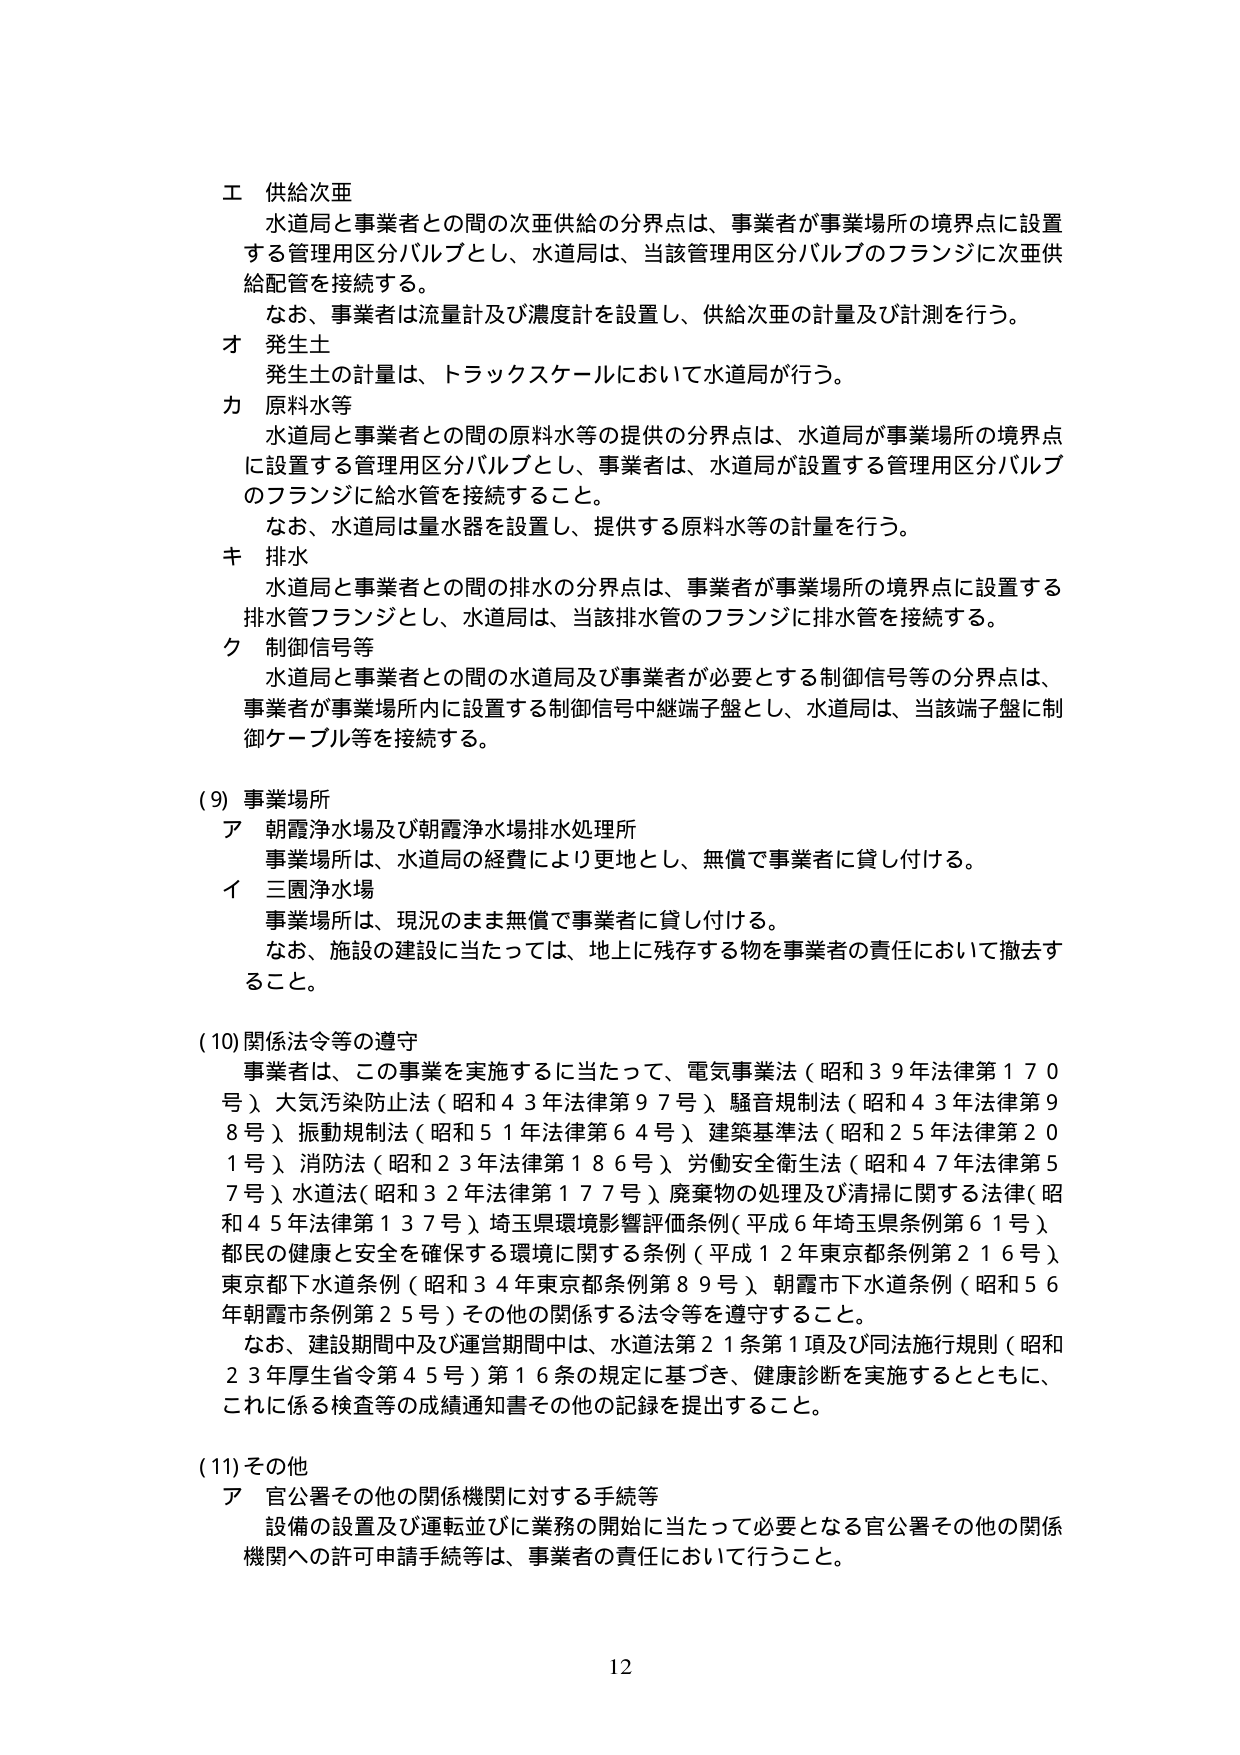
エ 供給次亜
水道局と事業者との間の次亜供給の分界点は、事業者が事業場所の境界点に設置する管理用区分バルブとし、水道局は、当該管理用区分バルブのフランジに次亜供給配管を接続する。
なお、事業者は流量計及び濃度計を設置し、供給次亜の計量及び計測を行う。

オ 発生土
発生土の計量は、トラックスケールにおいて水道局が行う。

カ 原料水等
水道局と事業者との間の原料水等の提供の分界点は、水道局が事業場所の境界点に設置する管理用区分バルブとし、事業者は、水道局が設置する管理用区分バルブのフランジに給水管を接続すること。
なお、水道局は量水器を設置し、提供する原料水等の計量を行う。

キ 排水
水道局と事業者との間の排水の分界点は、事業者が事業場所の境界点に設置する排水管フランジとし、水道局は、当該排水管のフランジに排水管を接続する。

ク 制御信号等
水道局と事業者との間の水道局及び事業者が必要とする制御信号等の分界点は、事業者が事業場所内に設置する制御信号中継端子盤とし、水道局は、当該端子盤に制御ケーブル等を接続する。

(9) 事業場所
ア 朝霞浄水場及び朝霞浄水場排水処理所
事業場所は、水道局の経費により更地とし、無償で事業者に貸し付ける。
イ 三園浄水場
事業場所は、現況のまま無償で事業者に貸し付ける。
なお、施設の建設に当たっては、地上に残存する物を事業者の責任において撤去すること。

(10) 関係法令等の遵守
事業者は、この事業を実施するに当たって、電気事業法（昭和39年法律第170号）、大気汚染防止法（昭和43年法律第97号）、騒音規制法（昭和43年法律第98号）、振動規制法（昭和51年法律第64号）、建築基準法（昭和25年法律第201号）、消防法（昭和23年法律第186号）、労働安全衛生法（昭和47年法律第57号）、水道法（昭和32年法律第177号）、廃棄物の処理及び清掃に関する法律（昭和45年法律第137号）、埼玉県環境影響評価条例（平成6年埼玉県条例第61号）、都民の健康と安全を確保する環境に関する条例（平成12年東京都条例第216号）、東京都下水道条例（昭和34年東京都条例第89号）、朝霞市下水道条例（昭和56年朝霞市条例第25号）その他の関係する法令等を遵守すること。
なお、建設期間中及び運営期間中は、水道法第21条第1項及び同法施行規則（昭和23年厚生省令第45号）第16条の規定に基づき、健康診断を実施するとともに、これに係る検査等の成績通知書その他の記録を提出すること。

(11) その他
ア 官公署その他の関係機関に対する手続等
設備の設置及び運転並びに業務の開始に当たって必要となる官公署その他の関係機関への許可申請手続等は、事業者の責任において行うこと。

12